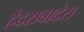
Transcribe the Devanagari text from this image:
हैदराबादेस